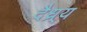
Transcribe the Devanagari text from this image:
दैध्र्य